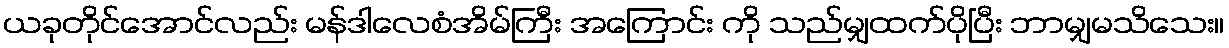
ယခုတိုင်အောင်လည်း မန်ဒါလေစံအိမ်ကြီး အကြောင်း ကို သည်မျှထက်ပိုပြီး ဘာမျှမသိသေး။